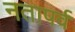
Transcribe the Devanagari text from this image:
नतापर्व